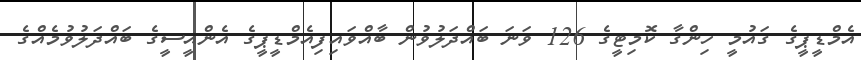
އެމްޑީޕީގެ ގައުމީ ހިންގާ ކޮމިޓީގެ 126 ވަނަ ބައްދަލުވުން ބާއްވައިފިއެމްޑީޕީގެ އެންއީސީގެ ބައްދަލުވުމެއްގެ